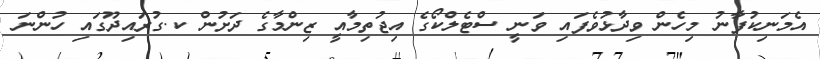
އެމަނިކުފާނު މިހެން ވިދާޅުވެފައި ވަނީ ސްޓެލްކޯގެ އިޖުތިމާއީ ޒިންމާގެ ދަށުން ކ.ގުރައިދޫގައި ހުންނަ